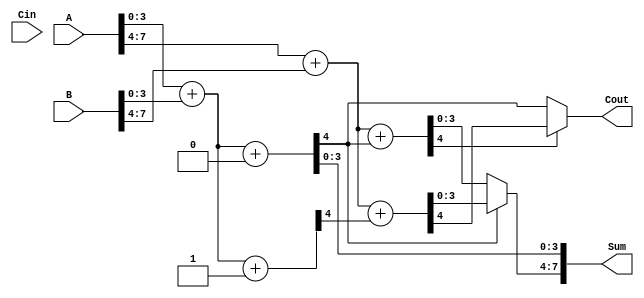
module CarrySelectAdder #(parameter N = 8, parameter M = 4) (
    input [N-1:0] A,       // First n-bit input
    input [N-1:0] B,       // Second n-bit input
    input Cin,             // Carry-in
    output [N-1:0] Sum,    // Sum output
    output Cout            // Carry-out
);
    
    // Internal signals for the carry outputs and sum outputs for each segment
    wire [M-1:0] sum0_0, sum1_0;  // Sums when Cin=0 and Cin=1 for first segment
    wire c0_0, c0_1;               // Carries out from the first segment
    wire [M-1:0] sum0_1, sum1_1;  // Sums when Cin=0 and Cin=1 for second segment
    wire c1_0, c1_1;               // Carries out from the second segment
    
    // First Segment (Least Significant Bits)
    // Adder assuming Cin = 0
    assign {c0_0, sum0_0} = A[M-1:0] + B[M-1:0] + 1'b0;
    // Adder assuming Cin = 1
    assign {c0_1, sum1_0} = A[M-1:0] + B[M-1:0] + 1'b1;

    // Second Segment (Most Significant Bits)
    // Adder assuming Cin = c0_0
    assign {c1_0, sum0_1} = A[N-1:M] + B[N-1:M] + c0_0;
    // Adder assuming Cin = c0_1
    assign {c1_1, sum1_1} = A[N-1:M] + B[N-1:M] + c0_1;

    // Carry Selection Logic for the second segment
    assign Sum[M-1:0] = sum0_0; // Least significant segment sum
    assign Sum[N-1:M] = (c0_0 ? sum1_1 : sum0_1); // Most significant segment sum based on carry-out of the first segment

    // Final Carry-out
    assign Cout = c1_0 ? c1_1 : c0_0;

endmodule